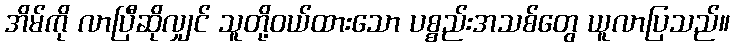
အိမ်ကို လာပြီဆိုလျှင် သူတို့ဝယ်ထားသော ပစ္စည်းအသစ်တွေ ယူလာပြသည်။